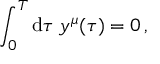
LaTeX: \int _ { 0 } ^ { T } \mathrm { d } \tau \; y ^ { \mu } ( \tau ) = 0 \, ,